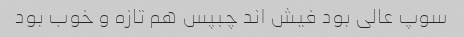
سوپ عالی بود فیش اند چبپس هم تازه و خوب بود